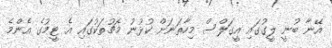
އޭނާ ބުނީ ލީގުގައި އީގަލްސް މިހާތަނަށް ކުޅުނު މެޗުތަކުގައި އެ ޓީމުގެ އެންމެ